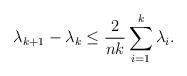
LaTeX: \begin{align*}{\lambda _{k + 1}} - {\lambda _k} \le \frac{2}{{nk}}\sum\limits_{i = 1}^k {{\lambda _i}}.\end{align*}